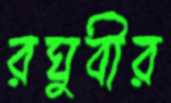
রঘুবীর